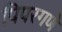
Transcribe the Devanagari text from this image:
पिपरगणे